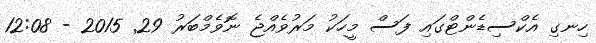
ހިނގި އެކްސިޑެންޓްގައި ފަސް މީހަކު މަރުވެއްޖެ ނޮވެމްބަރު 29